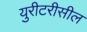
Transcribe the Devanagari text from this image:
युरीटरीसील